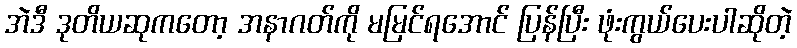
အဲဒီ ဒုတိယဆုကတော့ အနာဂတ်ကို မမြင်ရအောင် ပြန်ပြီး ဖုံးကွယ်ပေးပါဆိုတဲ့